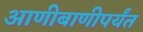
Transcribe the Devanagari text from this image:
आणीबाणीपर्यंत